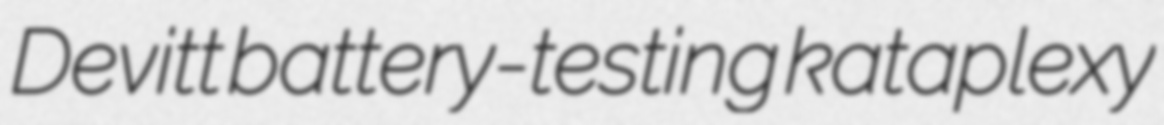
Devitt battery-testing kataplexy